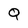
Character: Q